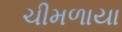
ચીમળાયા